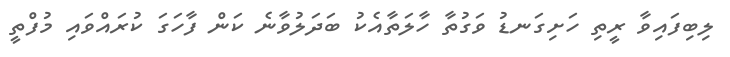
ލިބިފައިވާ ރީތި ހަށިގަނޑު ވަގުތާ ހާލަތާއެކު ބަދަލުވާނެ ކަން ފާހަގަ ކުރައްވައި މުފްތީ